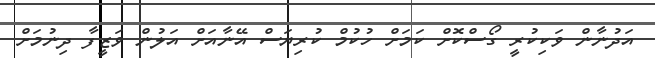
އަދުނާން ވަކިކުރީ ގޯސްކޮށް ކަމަށް ހުކުމް ކުރިޔަސް އޭނާއަށް އަލުން ވަޒީފާ ދިނުމަށް